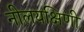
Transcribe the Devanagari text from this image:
नीलयक्षिणी